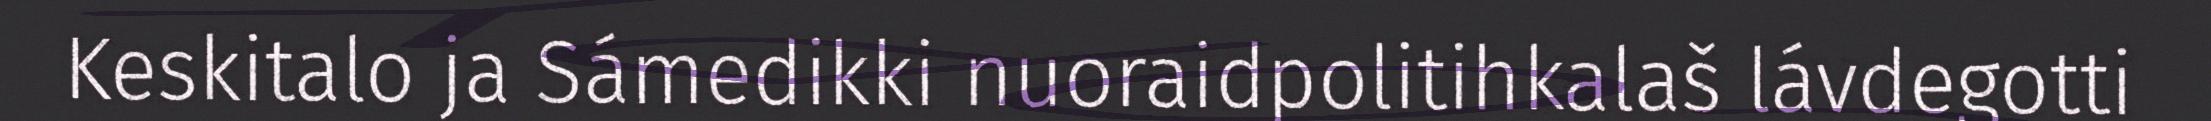
Keskitalo ja Sámedikki nuoraidpolitihkalaš lávdegotti